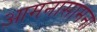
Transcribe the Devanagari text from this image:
आमनासामना